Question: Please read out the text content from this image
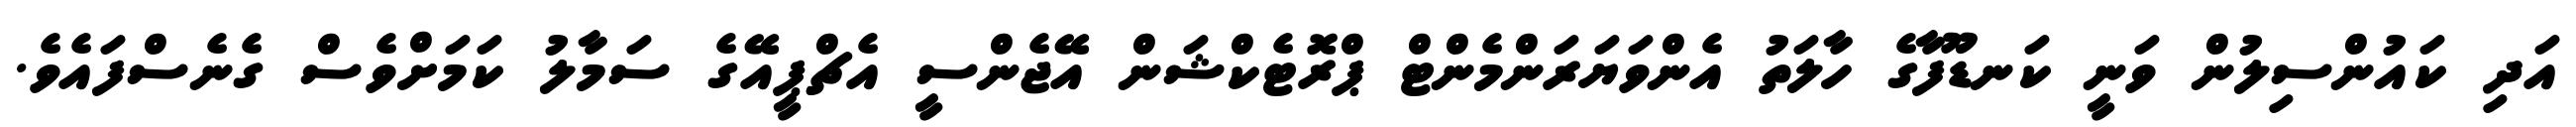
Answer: އަދި ކައުންސިލުން ވަނީ ކަނޑޫފާގެ ހާލަތު އެންވަޔަރަންމެންޓް ޕްރޮޓެކްޝަން އޭޖެންސީ އެޗްޕީއޭގެ ސަމާލު ކަމަށްވެސް ގެނެސްފައެވެ.